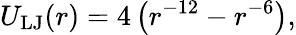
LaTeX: U_{\mathrm{{LJ}}}(r)=4\left(r^{-12}-r^{-6}\right),